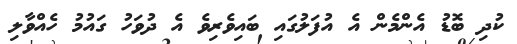
ކުދި ބޮޑު އެންމެން އެ އުފަލުގައި ބައިވެރިވެ އެ ދުވަހު ގައުމު ހެއްވާލި